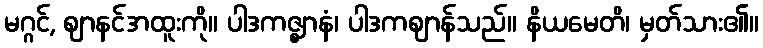
မဂ္ဂင်, ဈာနင်အထူးကို။ ပါဒကဇ္ဈာနံ၊ ပါဒကဈာန်သည်။ နိယမေတိ၊ မှတ်သား၏။